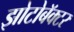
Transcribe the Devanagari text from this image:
झोटोबॅक्टर